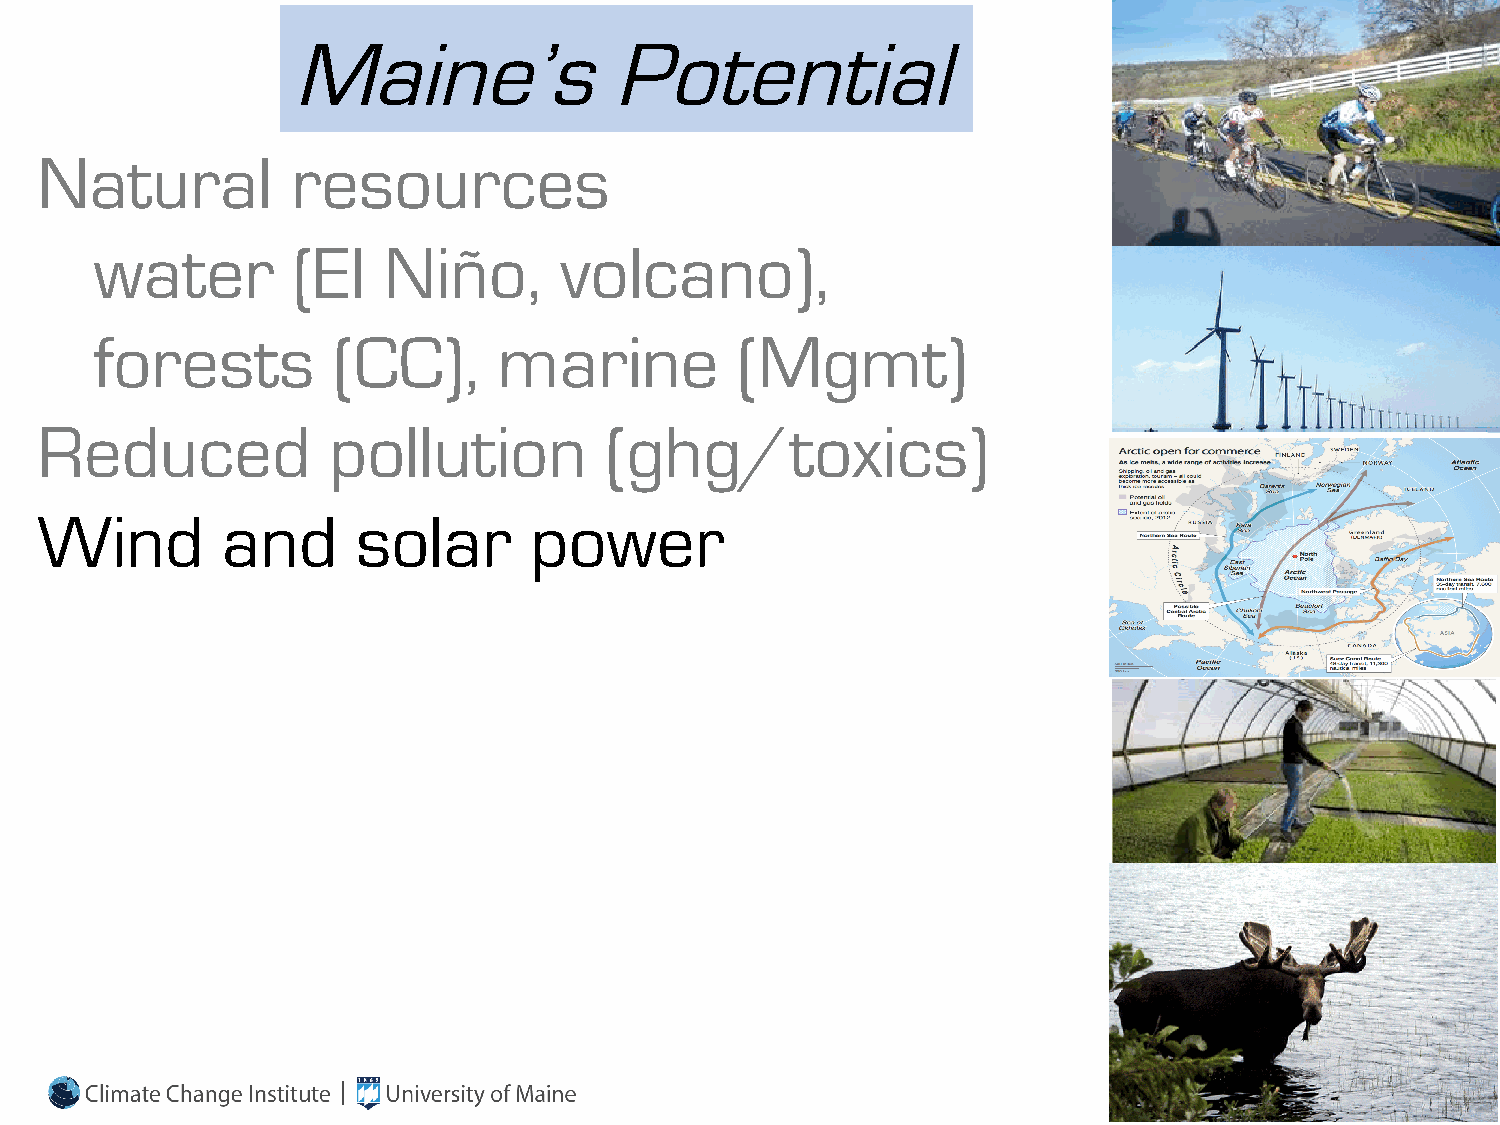
Maine’s              Potential
 Natural          resources
 water        (El   Niño,       volcano),
 forests         (CC),      marine          (Mgmt)
 Reduced             pollution         (ghg/toxics)
 Wind         and      solar      power